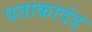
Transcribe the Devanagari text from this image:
पताकादंड